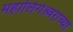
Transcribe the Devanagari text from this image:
महालिंगेश्र्वराच्या